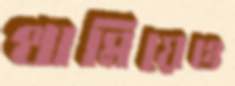
থামিয়েও